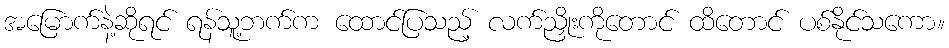
အမြောက်နဲ့ဆိုရင် ရန်သူ့ဘက်က ထောင်ပြသည့် လက်ညှိုးကိုတောင် ထိတောင် ပစ်နိုင်သကော။